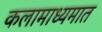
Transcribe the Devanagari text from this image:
कलामाध्यमात